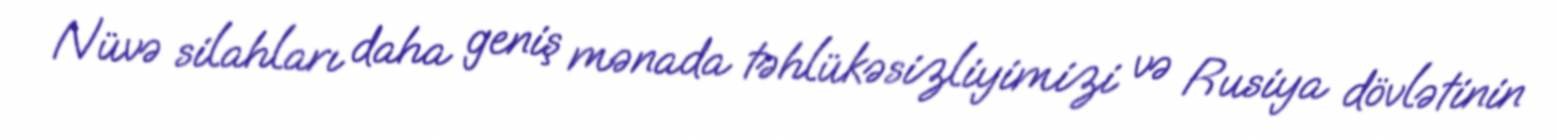
Nüvə silahları daha geniş mənada təhlükəsizliyimizi və Rusiya dövlətinin